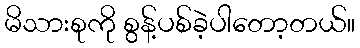
မိသားစုကို စွန့်ပစ်ခဲ့ပါတော့တယ်။